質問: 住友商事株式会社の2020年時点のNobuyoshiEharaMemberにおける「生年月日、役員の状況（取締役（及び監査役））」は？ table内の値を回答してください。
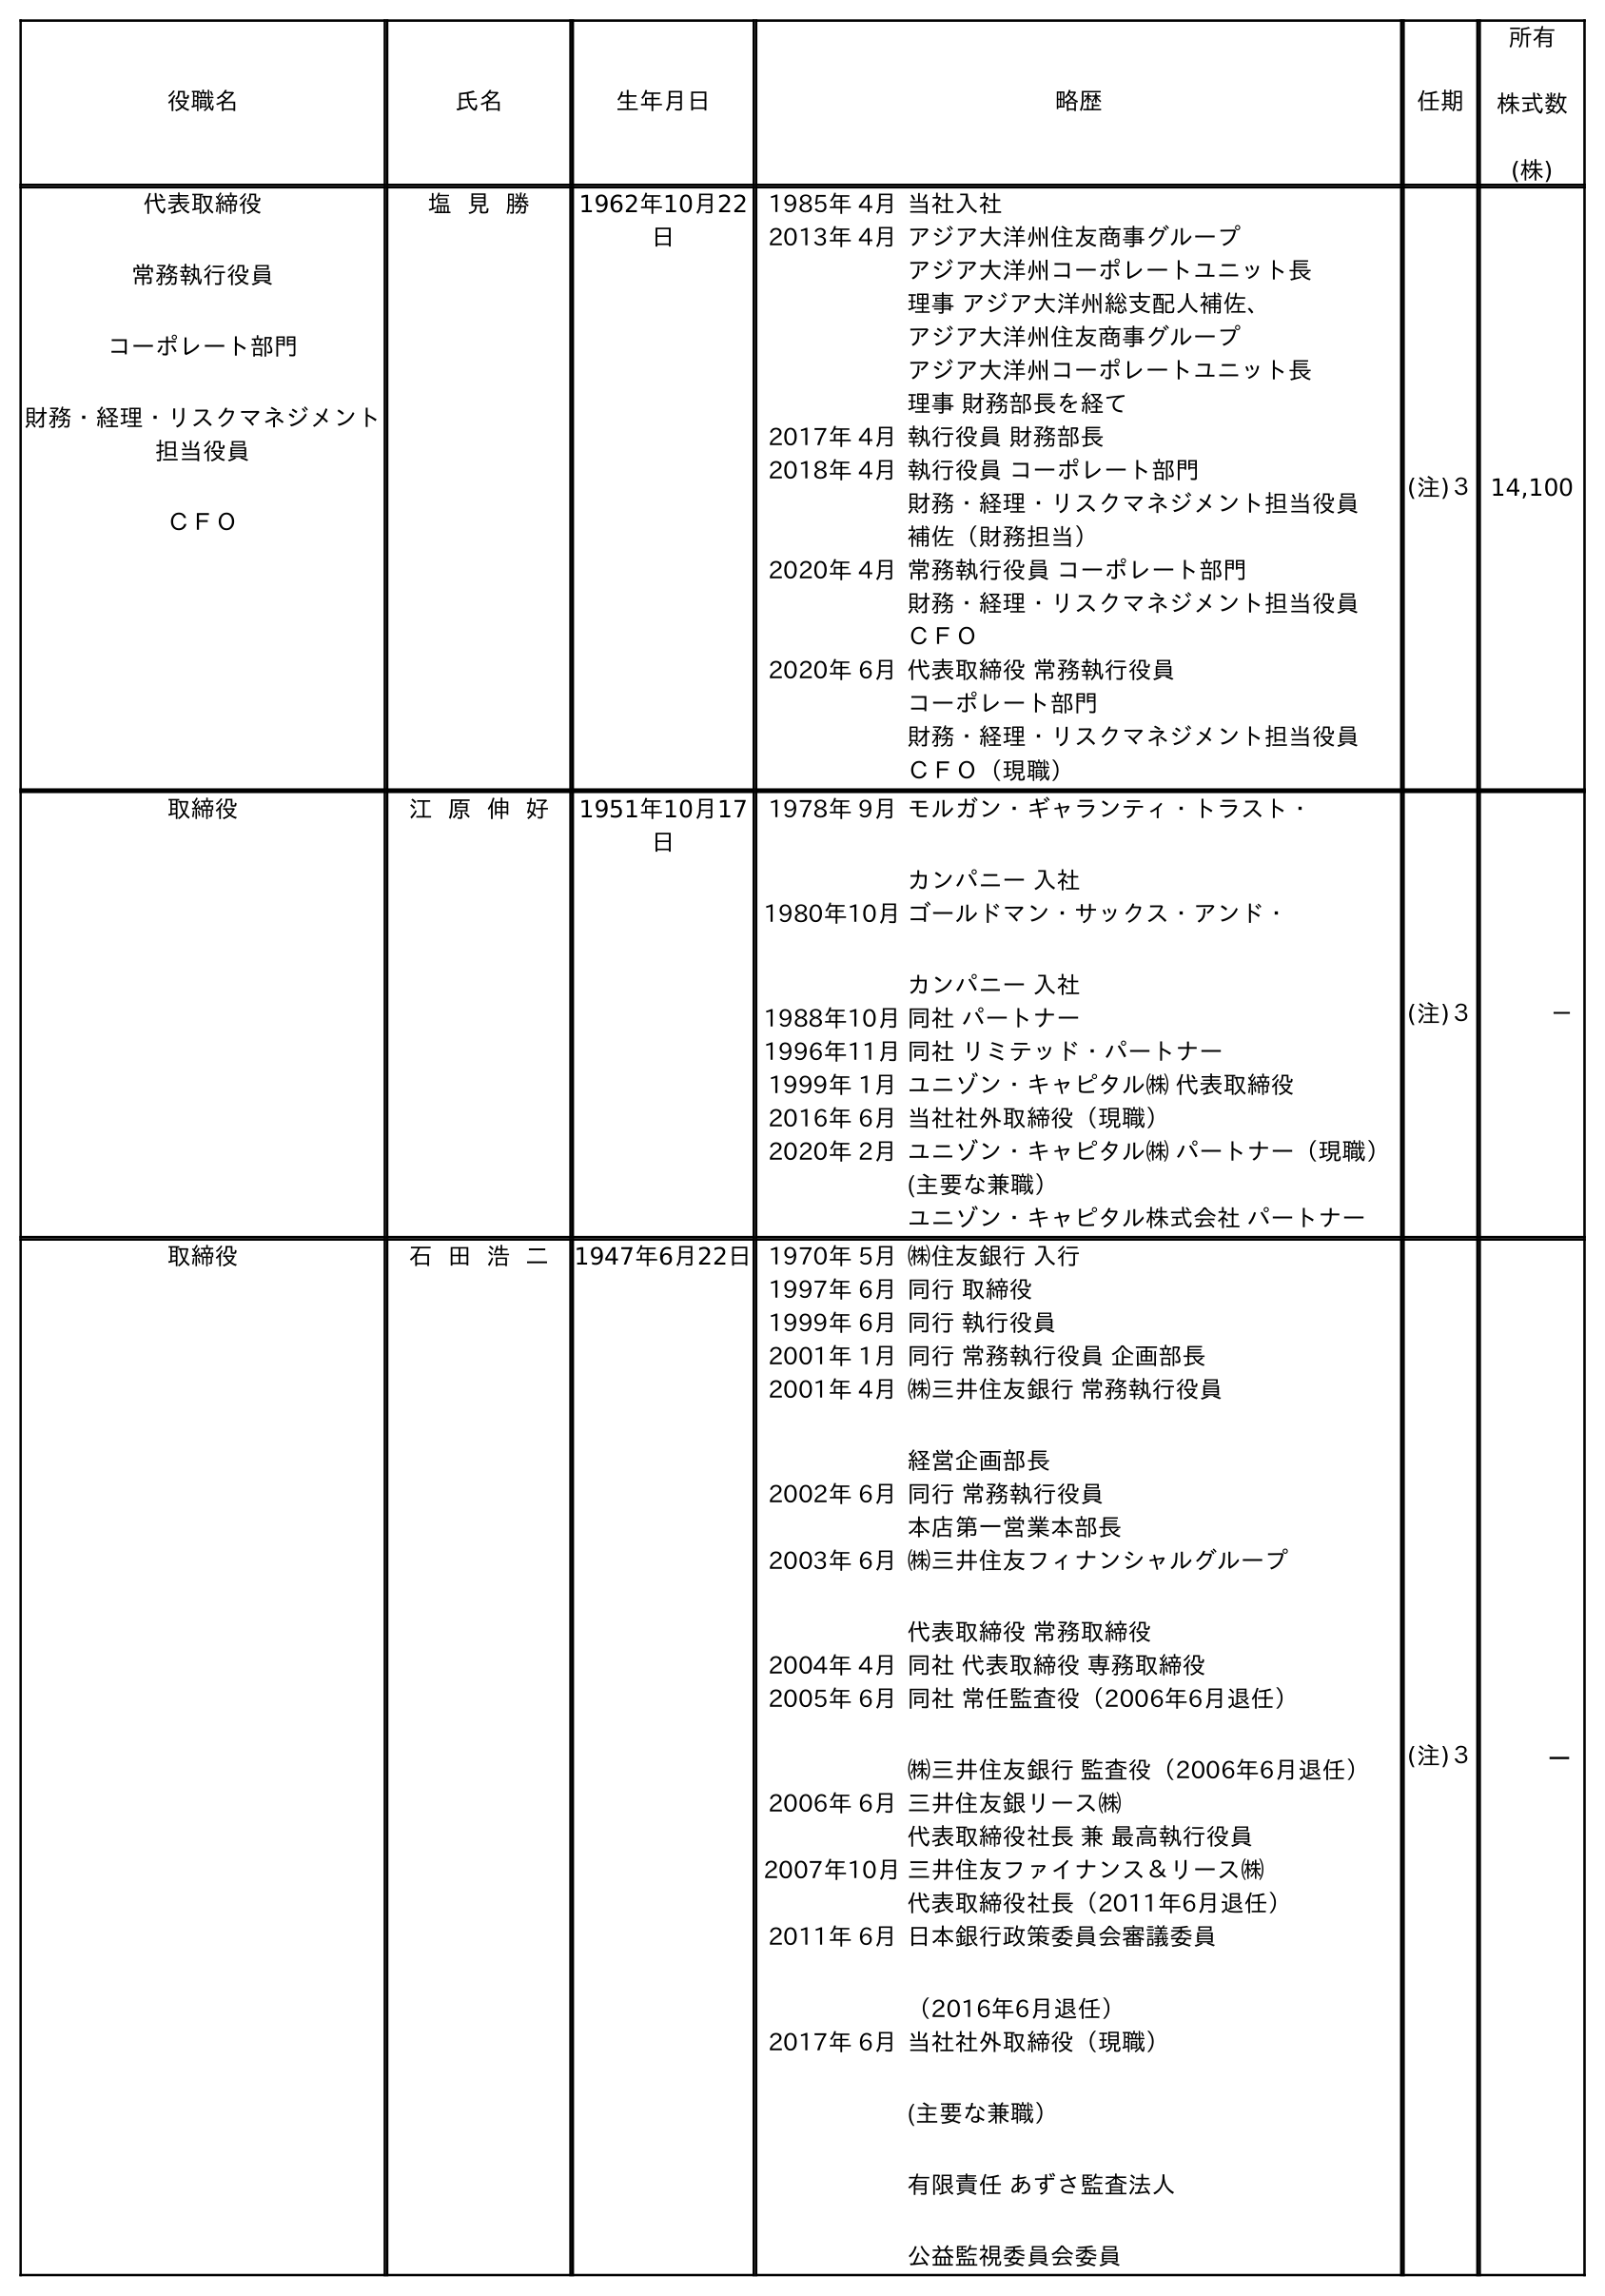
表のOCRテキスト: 役職名 氏名 生年月日 略歴 任期 所有 株式数 (株) 代表取締役 常務執行役員 コーポレート部門 財務・経理・リスクマネジメント 担当役員 ＣＦＯ 塩 見 勝 1962年10月22 日 1985年 4月当社入社 2013年 4月アジア大洋州住友商事グループ アジア大洋州コーポレートユニット長 理事 アジア大洋州総支配人補佐、 アジア大洋州住友商事グループ アジア大洋州コーポレートユニット長 理事 財務部長を経て 2017年 4月執行役員 財務部長 2018年 4月執行役員 コーポレート部門 財務・経理・リスクマネジメント担当役員 補佐（財務担当） 2020年 4月常務執行役員 コーポレート部門 財務・経理・リスクマネジメント担当役員 ＣＦＯ 2020年 6月代表取締役 常務執行役員 コーポレート部門 財務・経理・リスクマネジメント担当役員 ＣＦＯ（現職） (注)３14,100 取締役 江 原 伸 好 1951年10月17 日 1978年 9月モルガン・ギャランティ・トラスト・ カンパニー 入社 1980年10月ゴールドマン・サックス・アンド・ カンパニー 入社 1988年10月同社 パートナー 1996年11月同社 リミテッド・パートナー 1999年 1月ユニゾン・キャピタル㈱ 代表取締役 2016年 6月当社社外取締役（現職） 2020年 2月ユニゾン・キャピタル㈱ パートナー（現職） (主要な兼職） ユニゾン・キャピタル株式会社 パートナー (注)３ － 取締役 石 田 浩 二 1947年6月22日1970年 5月㈱住友銀行 入行 1997年 6月同行 取締役 1999年 6月同行 執行役員 2001年 1月同行 常務執行役員 企画部長 2001年 4月㈱三井住友銀行 常務執行役員 経営企画部長 2002年 6月同行 常務執行役員 本店第一営業本部長 2003年 6月㈱三井住友フィナンシャルグループ 代表取締役 常務取締役 2004年 4月同社 代表取締役 専務取締役 2005年 6月同社 常任監査役（2006年6月退任） ㈱三井住友銀行 監査役（2006年6月退任） 2006年 6月三井住友銀リース㈱ 代表取締役社長 兼 最高執行役員 2007年10月三井住友ファイナンス＆リース㈱ 代表取締役社長（2011年6月退任） 2011年 6月日本銀行政策委員会審議委員 （2016年6月退任） 2017年 6月当社社外取締役（現職） (主要な兼職） 有限責任 あずさ監査法人 公益監視委員会委員 (注)３ －
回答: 1951年10月17日